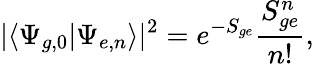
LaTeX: |\langle\Psi_{g,0}|\Psi_{e,n}\rangle|^{2}=e^{-S_{ge}}\frac{S_{ge}^{n}}{n!},